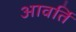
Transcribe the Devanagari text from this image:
आवर्ति